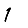
Digit: 1